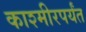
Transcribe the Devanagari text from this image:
काश्मीरपर्यंत